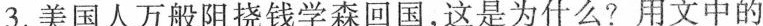
.美国人万般阻挠钱学森回国，这是为什么？用文中